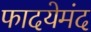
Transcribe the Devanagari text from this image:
फादयेमंद